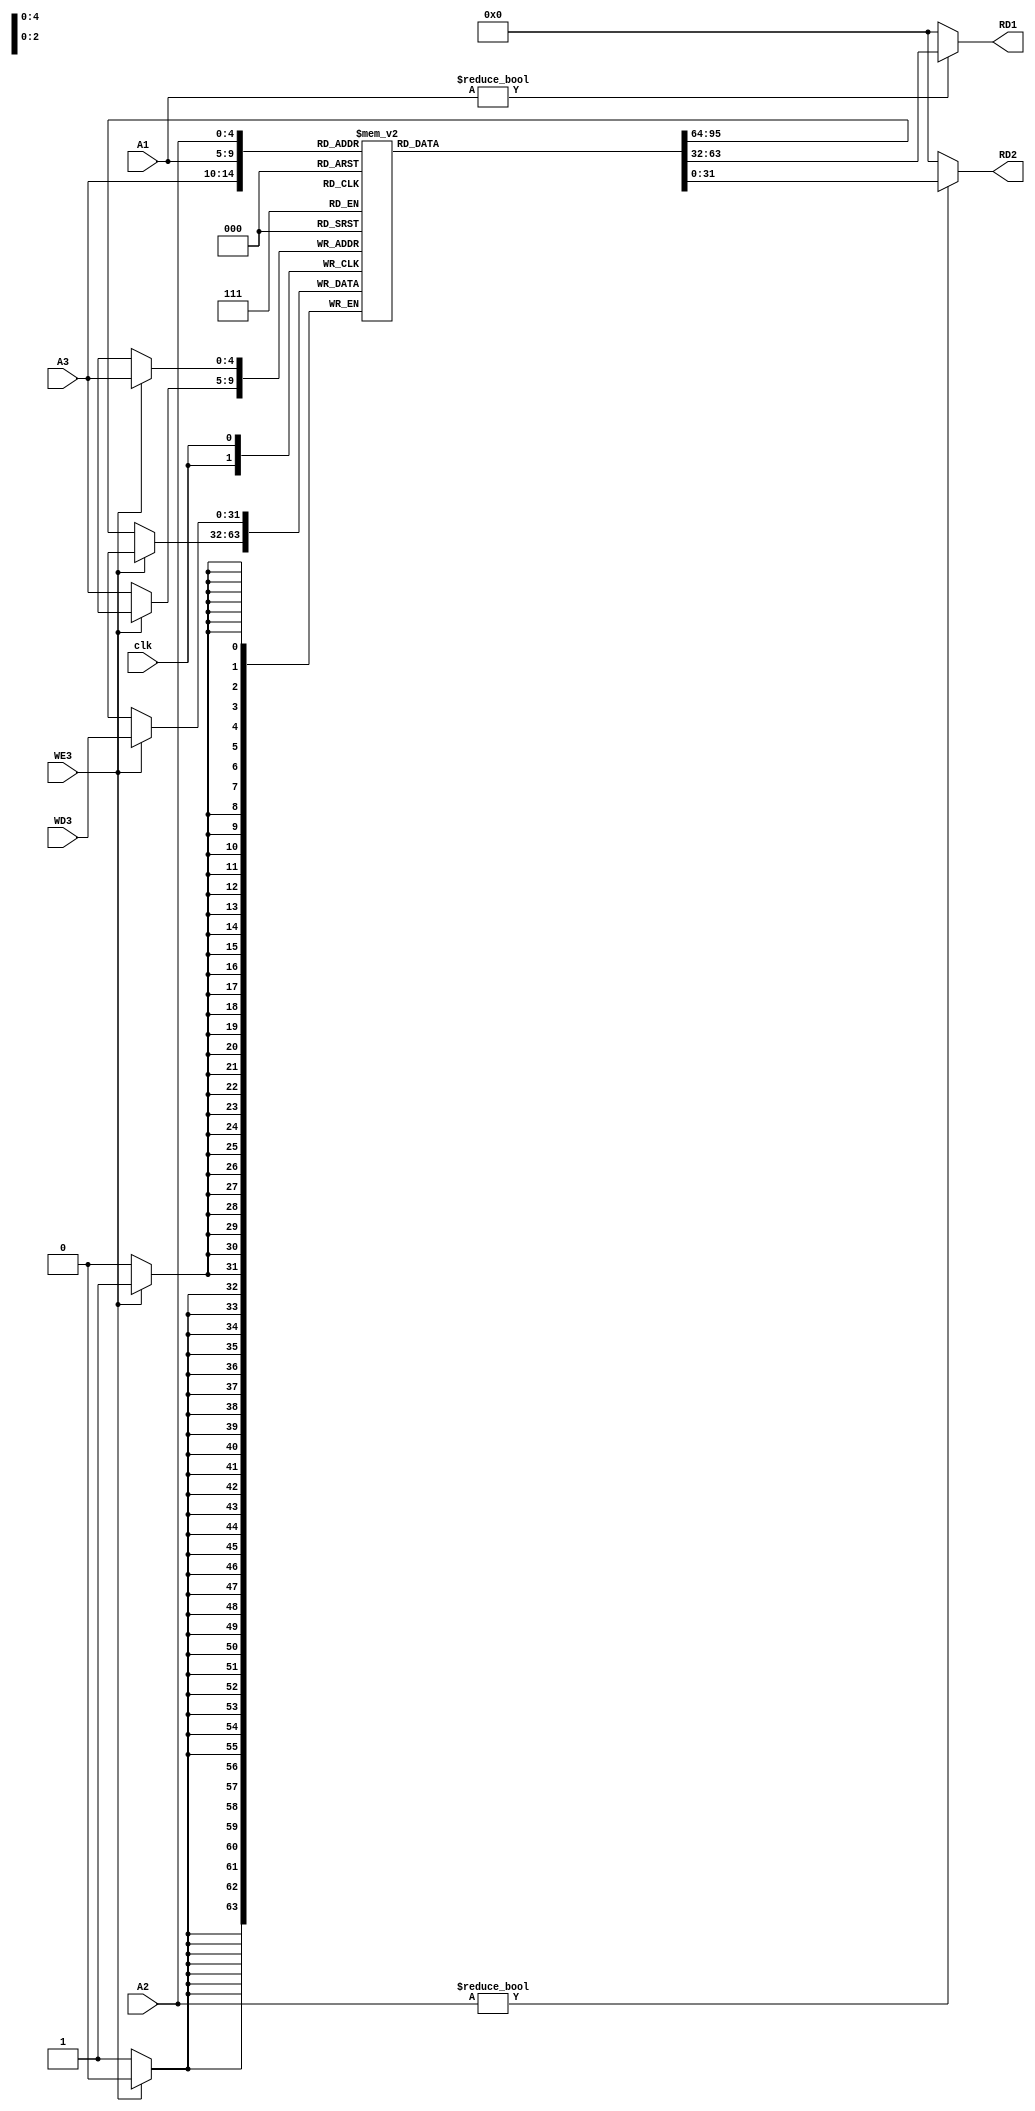
`timescale 1ns / 1ps
//////////////////////////////////////////////////////////////////////////////////
// Company: 
// Engineer: 
// 
// Design Name: 
// Module Name: regfile
// Project Name: 
// Target Devices: 
// Tool Versions: 
// Description: 
// 
// Dependencies: 
// 
// Revision:
// Revision 0.01 - File Created
// Additional Comments:
// 
//////////////////////////////////////////////////////////////////////////////////


module regfile(
    input                       clk ,
    input       [4:0]           A1  ,
    input       [4:0]           A2  ,
    input       [4:0]           A3  ,
    input       [31:0]          WD3 ,
    input                       WE3 ,
    output      [31:0]          RD1 ,
    output      [31:0]          RD2
    );
    // ref define
    reg [31:0] rf [31:0];
    always@(posedge clk)begin  //  
        if(WE3)
            rf[A3] <= WD3;
        else
            rf[A3] <= rf[A3];
    end
    assign RD1 = (A1 != 0) ? rf[A1] : 0;
    assign RD2 = (A2 != 0) ? rf[A2] : 0;            
            
 
endmodule